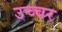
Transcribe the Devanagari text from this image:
उच्चर